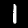
Digit: 1